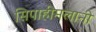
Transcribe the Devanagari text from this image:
सिपाहीमलानी